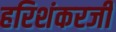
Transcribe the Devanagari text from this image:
हरिशंकरजी